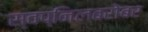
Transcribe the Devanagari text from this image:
स्वप्निलबरोबर